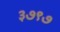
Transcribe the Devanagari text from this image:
३७९७